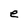
Character: e